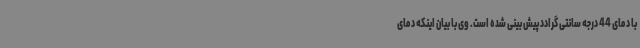
با دمای 44 درجه سانتی گرادد پیش بینی شده است. وی با بیان اینکه دمای